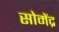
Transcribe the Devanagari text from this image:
सोमेंद्र